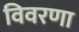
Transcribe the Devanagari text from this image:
विवरणा